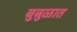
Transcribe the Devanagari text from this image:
बुबुळात